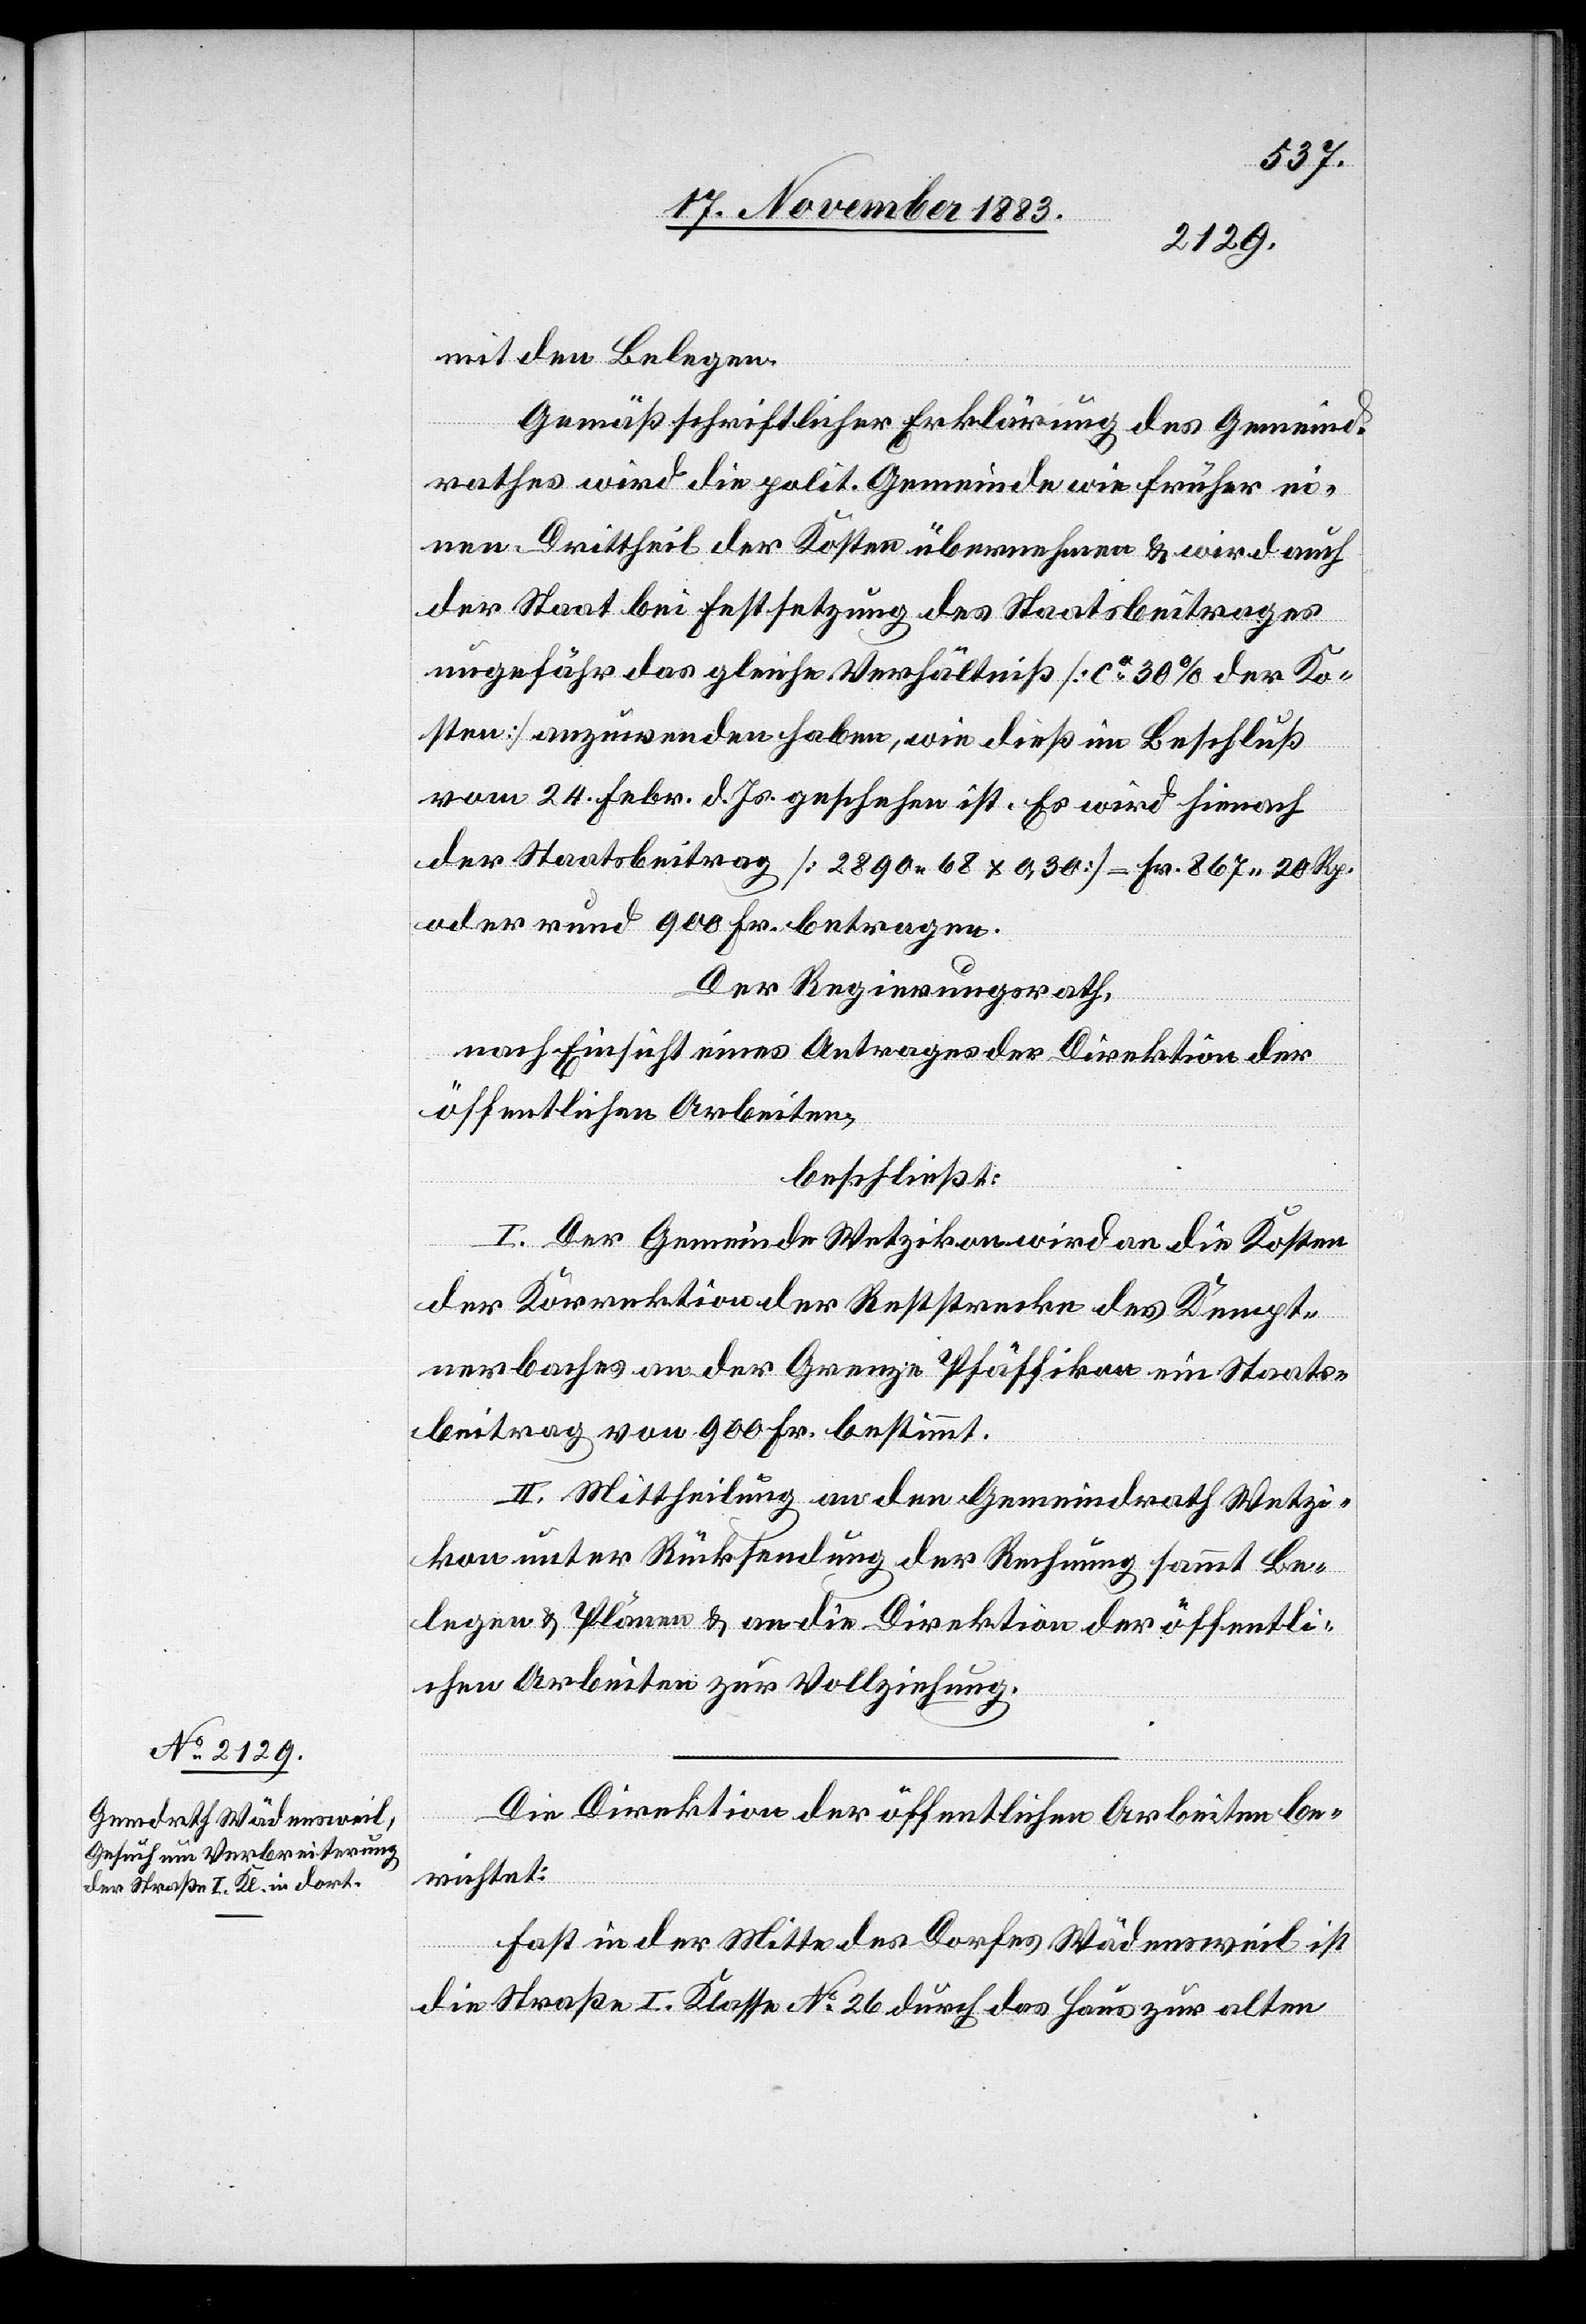
mit den Belegen.
Gemäß schriftlicher Erklärung des Gemeind¬
rathes wird die polit. Gemeinde wie früher ei¬
nen Drittheil der Kosten übernehmen & wird auch
der Staat bei Festsetzung des Staatsbeitrages
ungefähr das gleiche Verhältniß [ca 30%] der Ko¬
sten anzuwenden haben, wie dieß im Beschluß
vom 24. Febr. d. Js geschehen ist. Es wird hienach
der Staatsbeitrag [2890 68 x 0,30] = Fr. 867 20 Rp.
oder rund 900 Fr. betragen.
Der Regierungsrath,
nach Einsicht eines Antrages der Direktion der
öffentlichen Arbeiten,
beschließt:
I. Der Gemeinde Wetzikon wird an die Kosten
der Korrektion der Reststrecke des Kempt¬
nerbaches an der Grenze Pfäffikon ein Staats¬
beitrag von 900 Fr. bestimmt.
II. Mittheilung an den Gemeindrath Wetzi¬
kon unter Rücksendung der Rechnung sammt Be¬
legen & Plänen an die Direktion der öffentli¬
chen Arbeiten zur Vollziehung.
Die Direktion der öffentlichen Arbeiten be¬
richtet:
Fast in der Mitte des Dorfes Wädensweil ist
die Straße I. Klasse No 26 durch das Haus zur alten